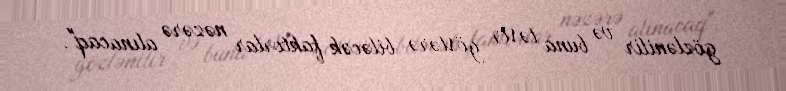
gözlənilir və buna təsir göstərə biləcək faktorlar nəzərə alınacaq".